65_HS1-834228961_62-HQ-83894_Serial_130
Agency: FBI
Page 99
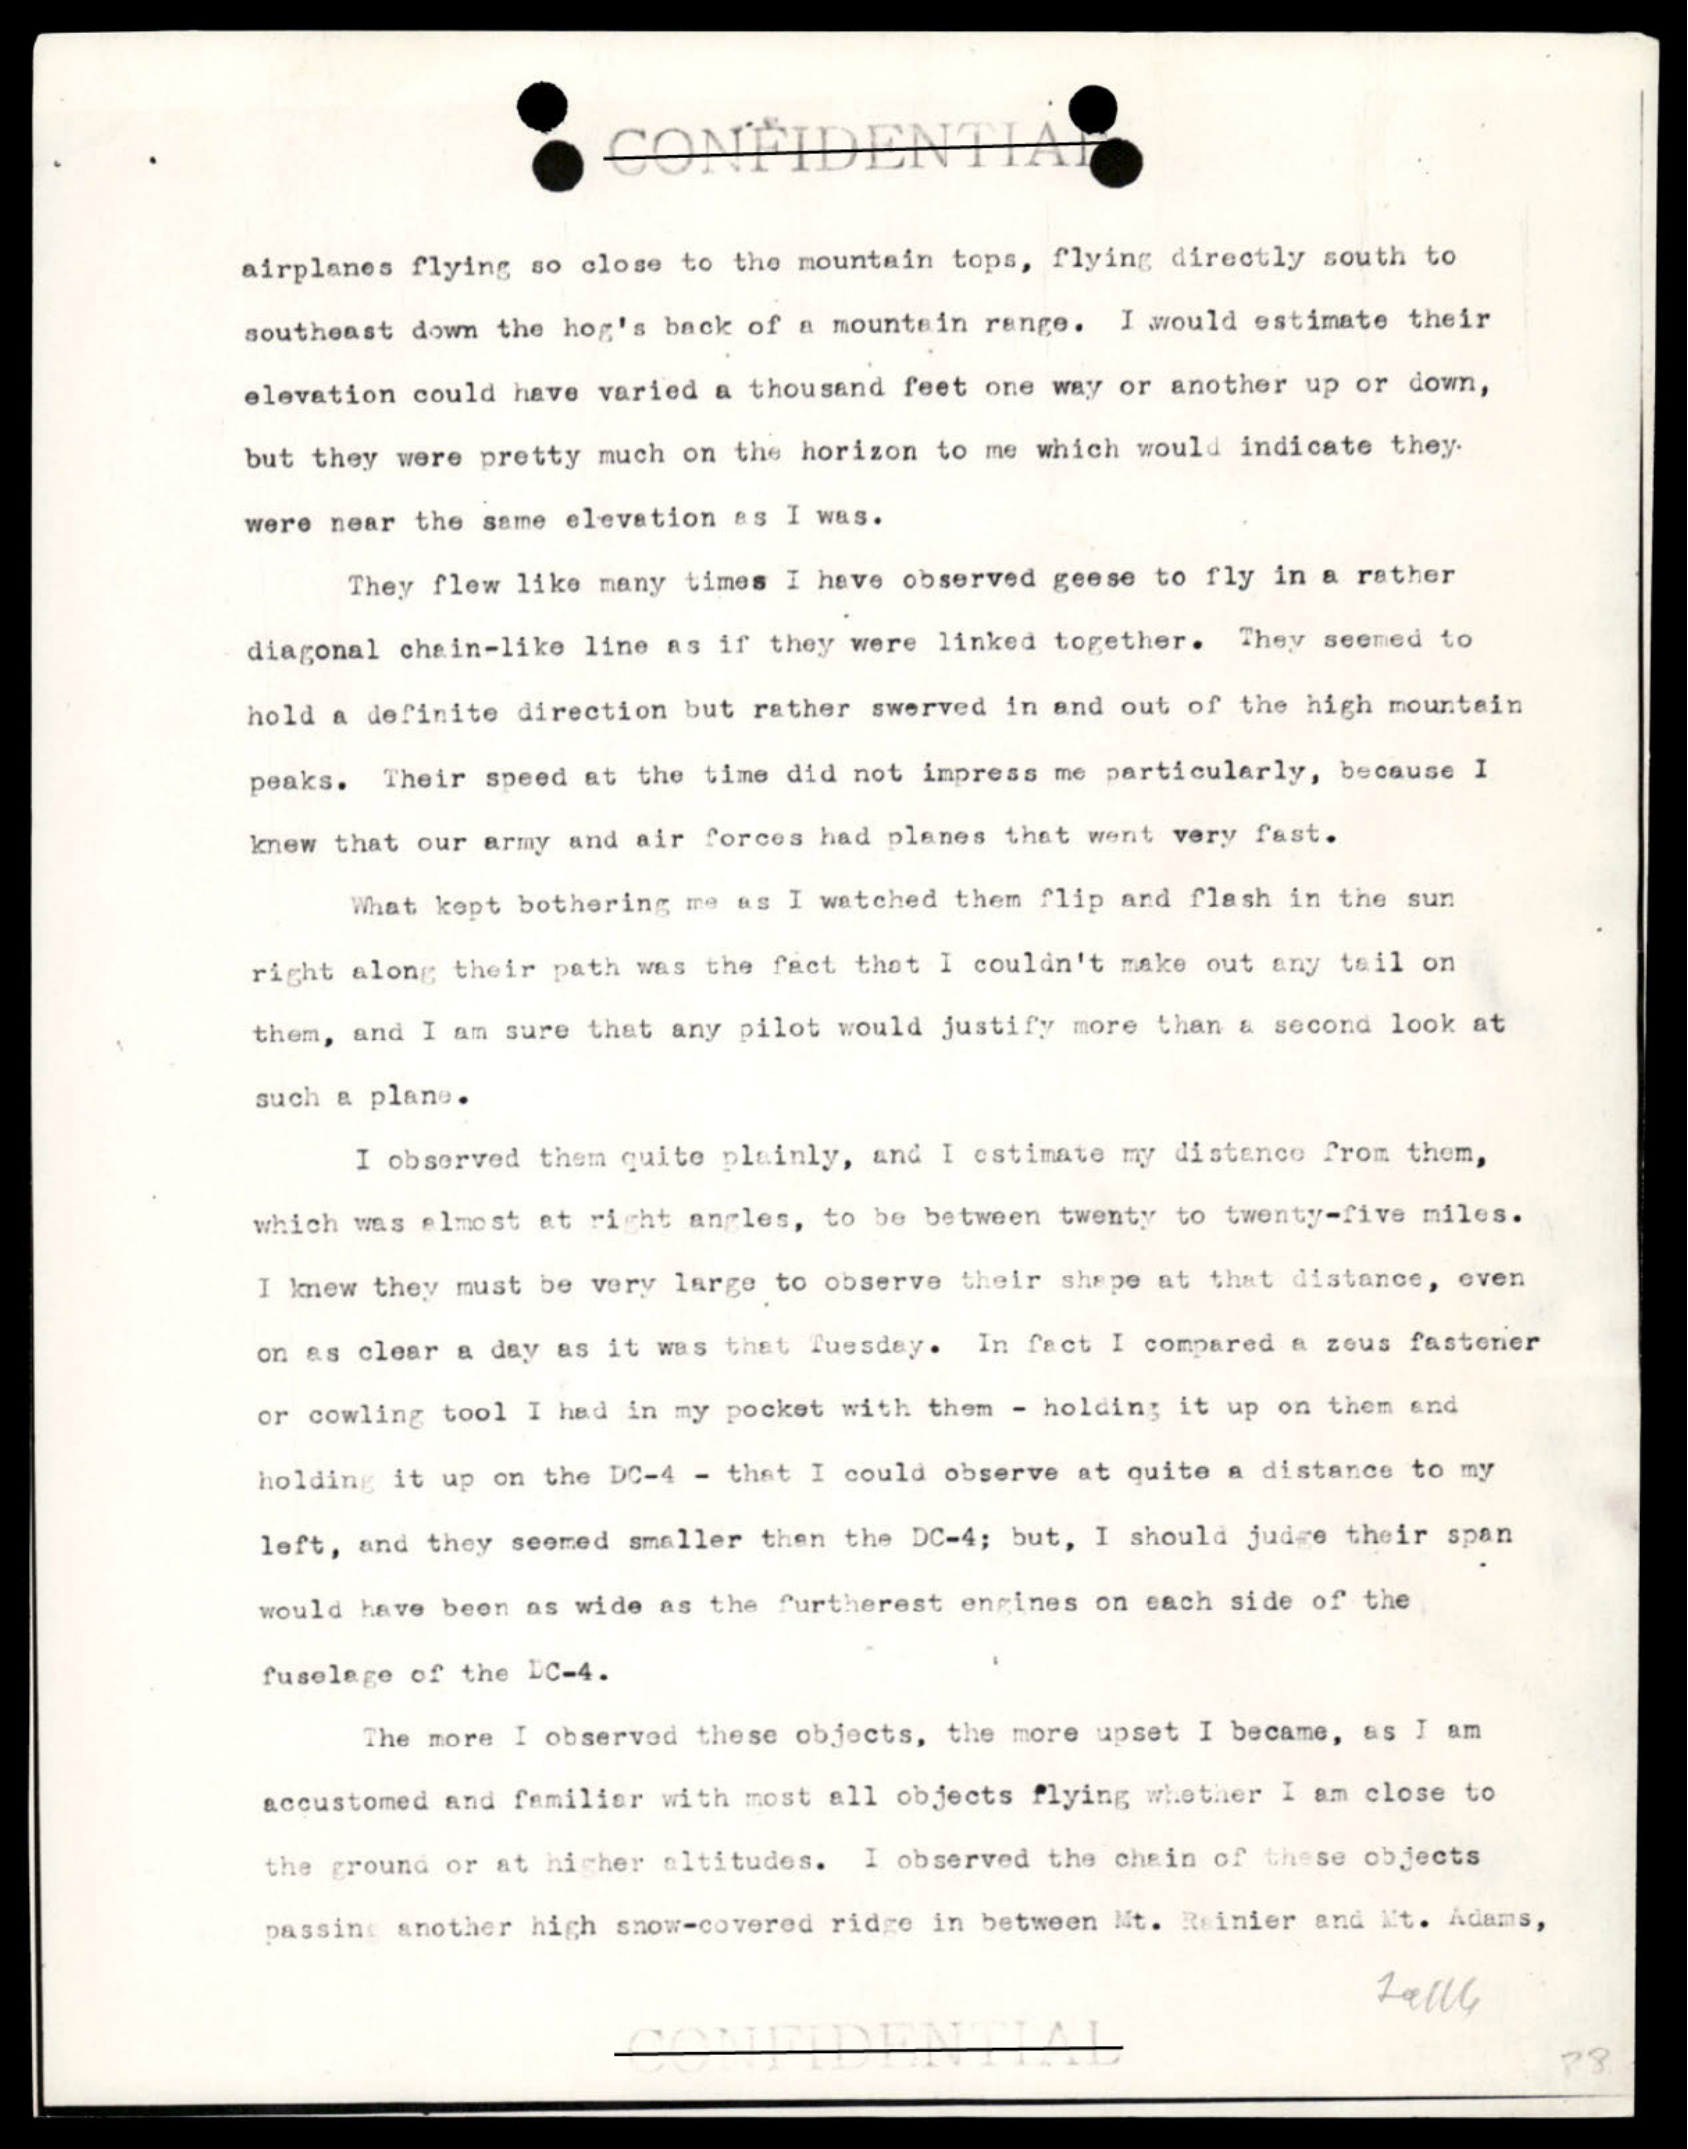